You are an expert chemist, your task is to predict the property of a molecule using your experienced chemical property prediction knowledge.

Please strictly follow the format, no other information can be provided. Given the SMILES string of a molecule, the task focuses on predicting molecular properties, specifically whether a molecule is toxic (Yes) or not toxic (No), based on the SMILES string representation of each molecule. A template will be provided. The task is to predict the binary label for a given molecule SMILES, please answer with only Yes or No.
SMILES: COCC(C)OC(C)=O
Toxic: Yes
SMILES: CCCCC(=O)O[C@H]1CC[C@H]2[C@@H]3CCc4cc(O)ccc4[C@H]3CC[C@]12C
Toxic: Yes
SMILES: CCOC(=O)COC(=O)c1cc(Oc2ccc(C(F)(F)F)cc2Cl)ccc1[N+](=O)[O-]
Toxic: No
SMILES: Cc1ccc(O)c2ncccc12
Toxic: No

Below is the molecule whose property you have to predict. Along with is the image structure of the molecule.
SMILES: CN(C)c1ccc(/C=C/c2ccc([N+](=O)[O-])cc2)cc1
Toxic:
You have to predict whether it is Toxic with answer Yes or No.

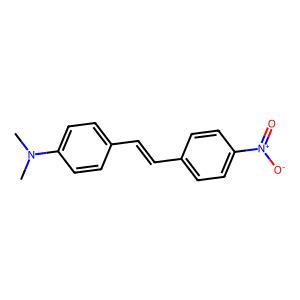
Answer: No